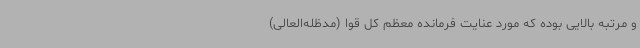
و مرتبه بالایی بوده که مورد عنایت فرمانده معظم کل قوا (مدظله‌العالی)